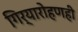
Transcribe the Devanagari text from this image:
गिर्यारोहणही